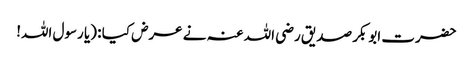
حضرت ابوبکر صدیق رضی اللہ عنہ نے عرض کیا : (یا رسول اللہ!